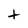
Character: t